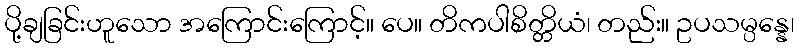
ပို့ချခြင်းဟူသော အကြောင်းကြောင့်။ ပေ။ တိကပါစိတ္တိယံ၊ တည်း။ ဥပသမ္ပန္နေ၊